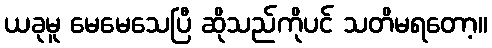
ယခုမူ မေမေသေပြီ ဆိုသည်ကိုပင် သတိမရတော့။